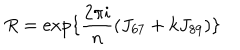
R = { \mathrm { e x p } } \{ \frac { 2 \pi i } { n } \left( J _ { 6 7 } + k J _ { 8 9 } \right) \}